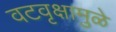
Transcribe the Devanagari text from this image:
वटवृक्षामुळे